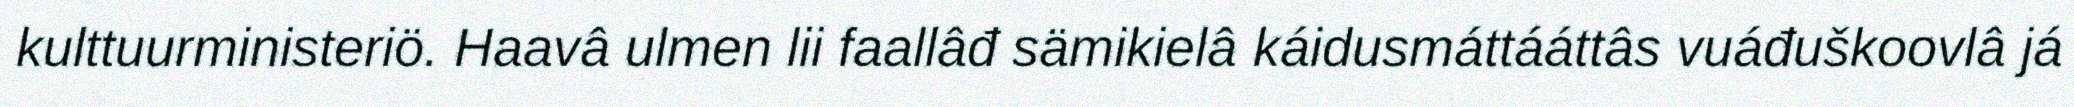
kulttuurministeriö. Haavâ ulmen lii faallâđ sämikielâ káidusmáttááttâs vuáđuškoovlâ já